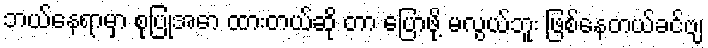
ဘယ်နေရာမှာ စုပြုံအော ထားတယ်ဆို တာ ပြောဖို့ မလွယ်ဘူး ဖြစ်နေတယ်ခင်ဗျ